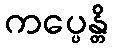
ကပ္ပေန္တိ